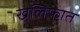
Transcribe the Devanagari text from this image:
खलिफात